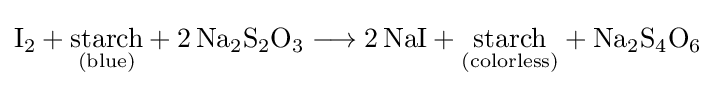
{\mathrm {I} {\vphantom {A}}_{\smash[{t}]{2}}{}+{}{\underset {(\mathrm {blue} )}{\mathrm {starch} }}{}+{}2\,\mathrm {Na} {\vphantom {A}}_{\smash[{t}]{2}}\mathrm {S} {\vphantom {A}}_{\smash[{t}]{2}}\mathrm {O} {\vphantom {A}}_{\smash[{t}]{3}}{}\mathrel {\longrightarrow } {}2\,\mathrm {NaI} {}+{}{\underset {(\mathrm {colorless} )}{\mathrm {starch} }}{}+{}\mathrm {Na} {\vphantom {A}}_{\smash[{t}]{2}}\mathrm {S} {\vphantom {A}}_{\smash[{t}]{4}}\mathrm {O} {\vphantom {A}}_{\smash[{t}]{6}}}